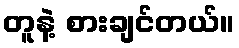
တူနဲ့ စားချင်တယ်။